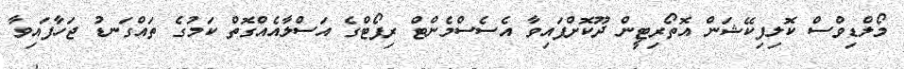
މޯލްޑިވްސް ކޮލިފިކޭޝަން އޮތޯރިޓީން ދޫކޮށްފައިވާ އެސެސްމެންޓް ރިޕޯޓްގެ އަސްލާއެއްގޮތް ކަމުގެ ތައްގަނޑު ޖަހާފައިވާ